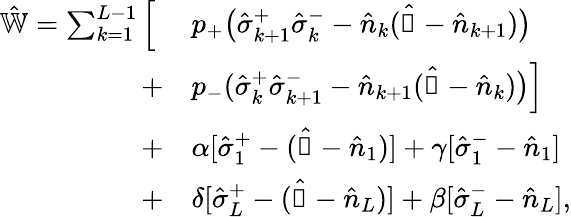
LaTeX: \begin{array}{rl}{\hat{\mathbb{W}}=\sum_{k=1}^{L-1}\Big[\; }&{p_{+}\big(\hat{\sigma}_{k+1}^{+}\hat{\sigma}_{k}^{-}-\hat{n}_{k}(\hat{\mathbb{1}}-\hat{n}_{k+1})\big)}\\ {+}&{p_{-}(\hat{\sigma}_{k}^{+}\hat{\sigma}_{k+1}^{-}-\hat{n}_{k+1}(\hat{\mathbb{1}}-\hat{n}_{k})\big)\Big]}\\ {+}&{\alpha[\hat{\sigma}_{1}^{+}-(\hat{\mathbb{1}}-\hat{n}_{1})]+\gamma[\hat{\sigma}_{1}^{-}-\hat{n}_{1}]}\\ {+}&{\delta[\hat{\sigma}_{L}^{+}-(\hat{\mathbb{1}}-\hat{n}_{L})]+\beta[\hat{\sigma}_{L}^{-}-\hat{n}_{L}],}\end{array}